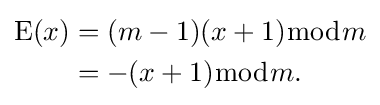
{\begin{aligned}\mathrm {E} (x)&=(m-1)(x+1){\bmod {m}}\\&=-(x+1){\bmod {m}}.\end{aligned}}